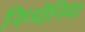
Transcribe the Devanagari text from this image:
निप्पोनिया